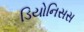
ડિયોનિસસ